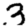
Digit: 3